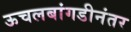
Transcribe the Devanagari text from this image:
ऊचलबांगडीनंतर